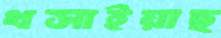
খসাইয়াছ